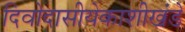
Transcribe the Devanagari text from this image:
दिवोदासीयेकाशीखंडे